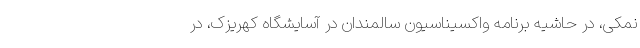
نمکی، در حاشیه برنامه واکسیناسیون سالمندان در آسایشگاه کهریزک، در